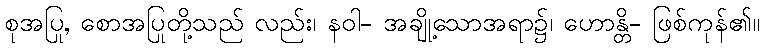
စုအပြု, စောအပြုတို့သည် လည်း၊ နဝါ- အချို့သောအရာ၌၊ ဟောန္တိ- ဖြစ်ကုန်၏။